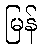
မြန်